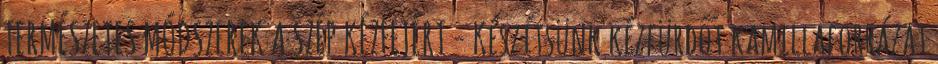
TERMÉSZETES MÓDSZEREK A SZÉP KÉZFEJÉRT - Készítsünk kézfürdőt kamillaforrázat